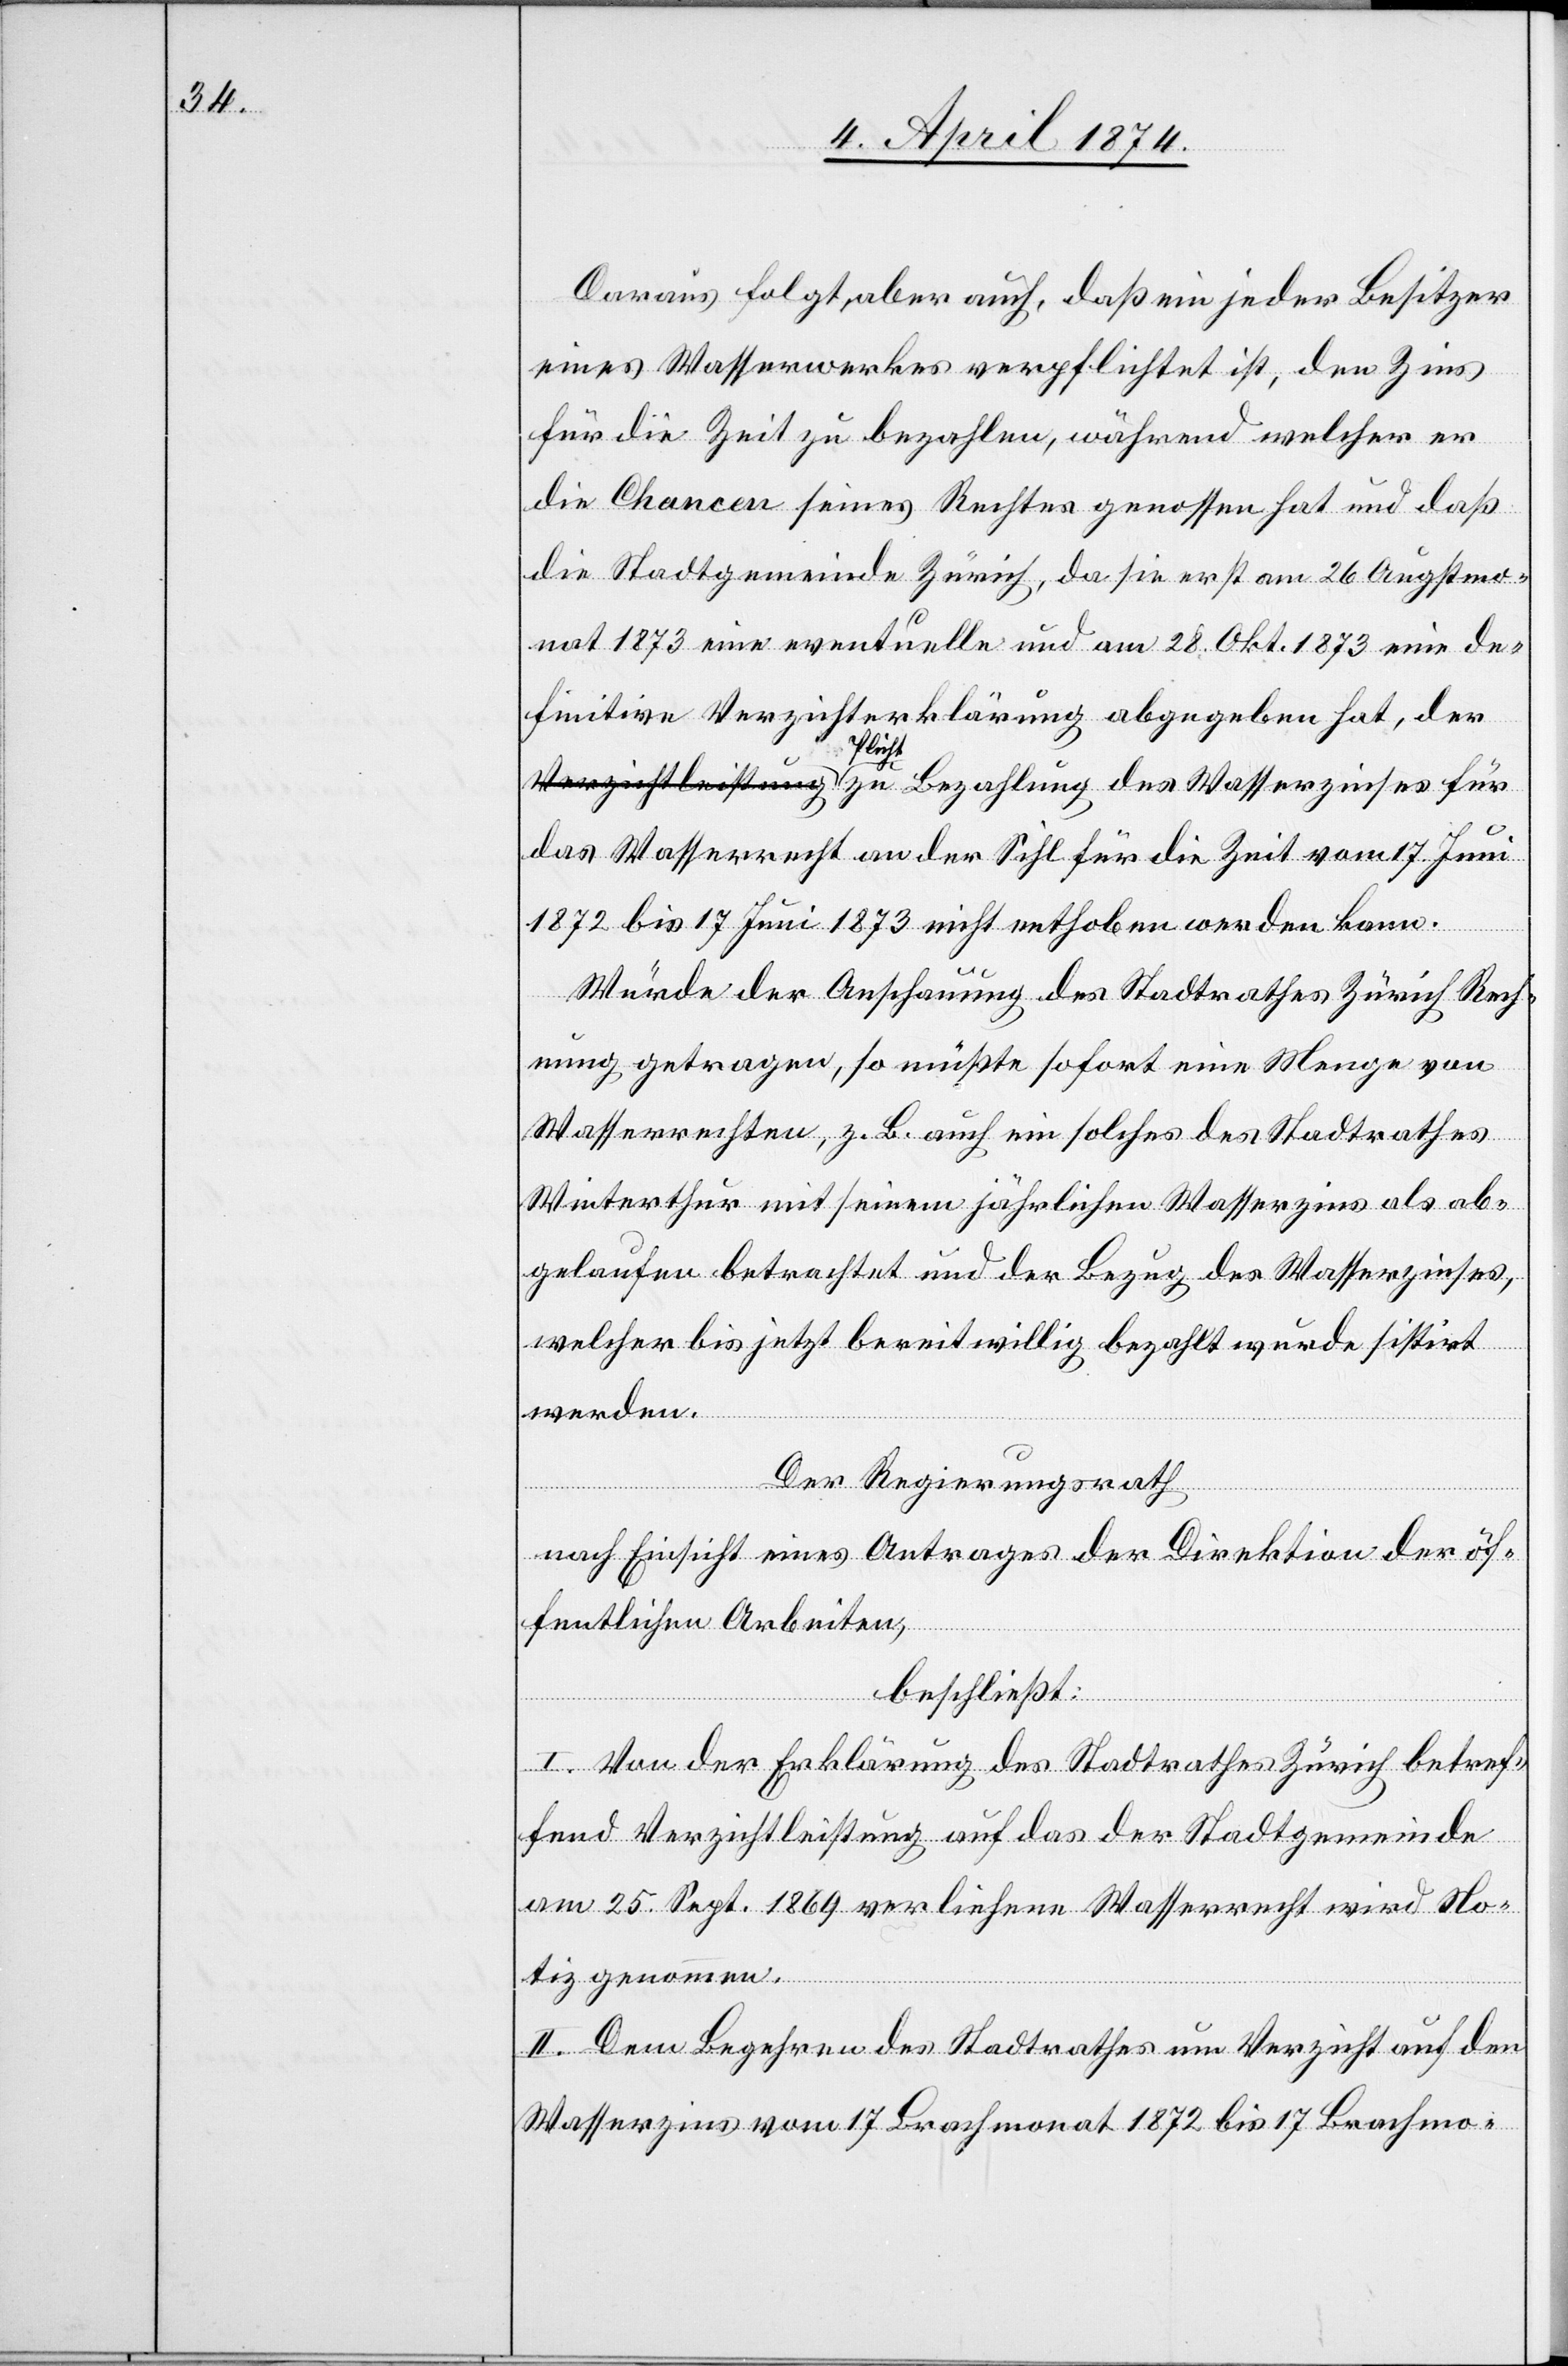
Daraus folgt aber auch, daß ein jeder Besitzer
eines Wasserwerkes verpflichtet ist, den Zins
für die Zeit zu bezahlen, während welcher er
die Chancen seines Rechtes genossen hat und daß
die Stadtgemeinde Zürich, da sie erst am 26. Augstmo¬
nat 1873 eine eventuelle und am 28. Okt. 1873 eine de¬
finitive Verzichterklärung abgegeben hat, der
a-Pflicht-a zu Bezahlung des Wasserzinses für
das Wasserrecht an der Sihl für die Zeit vom 17. Juni
1872 bis 17. Juni 1873 nicht enthoben werden kann.
Würde der Anschauung des Stadtrathes Zürich Rech¬
nung getragen, so müßte sofort eine Menge von
Wasserrechten, z. B. auch ein solches des Stadtrathes
Winterthur mit seinem jährlichen Wasserzins als ab¬
gelaufen betrachtet und der Bezug des Wasserzinses,
welcher bis jetzt bereitwillig bezahlt wurde sistirt
werden.
Der Regierungsrath
nach Einsicht eines Antrages der Direktion der öf¬
fentlichen Arbeiten,
beschließt:
I. Von der Erklärung des Stadtrathes Zürich betref¬
fend Verzichtleistung auf das der Stadtgemeinde
am 25. Sept. 1869 verliehene Wasserrecht wird No¬
tiz genommen.
II. Dem Begehren des Stadtrathes um Verzicht auf den
Wasserzins vom 17. Brachmonat 1872 bis 17. Brachmo-